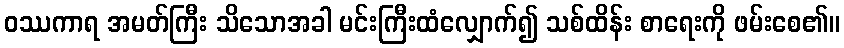
ဝဿကာရ အမတ်ကြီး သိသောအခါ မင်းကြီးထံလျှောက်၍ သစ်ထိန်း စာရေးကို ဖမ်းစေ၏။